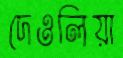
দেওলিয়া